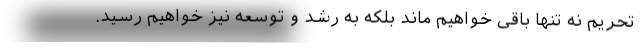
تحریم نه تنها باقی خواهیم ماند بلکه به رشد و توسعه نیز خواهیم رسید.